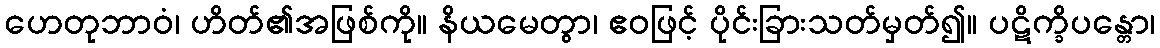
ဟေတုဘာဝံ၊ ဟိတ်၏အဖြစ်ကို။ နိယမေတွာ၊ ဧဝဖြင့် ပိုင်းခြားသတ်မှတ်၍။ ပဋိက္ခိပန္တော၊